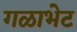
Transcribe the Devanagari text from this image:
गळाभेट